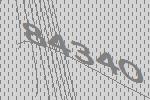
84340